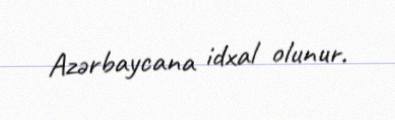
Azərbaycana idxal olunur.